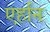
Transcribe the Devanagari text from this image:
एर्हान